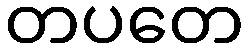
တပတေ